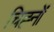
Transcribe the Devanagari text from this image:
चिह्‍नों